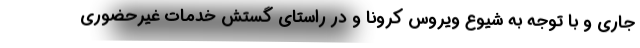
جاری و با توجه به شیوع ویروس کرونا و در راستای گستش خدمات غیرحضوری